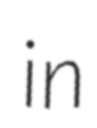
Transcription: in